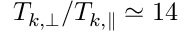
T _ { k , \perp } / T _ { k , \parallel } \simeq 1 4